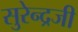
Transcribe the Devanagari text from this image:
सुरेन्द्रजी